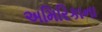
અમિરિકાના